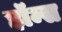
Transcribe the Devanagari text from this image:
हॉम्स